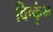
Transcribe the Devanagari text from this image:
विष्कुंभ